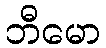
ဘီမော